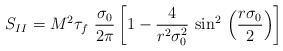
\begin{align*}S_{II} = M^2\tau_f ~\frac{\sigma_0}{2\pi}\left[ 1- \frac{4}{r^2\sigma_0^2}~ {\sin}^2\, \left( \frac{r\sigma_0}{2}\right)\right]\end{align*}